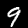
Label: 9